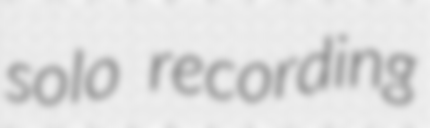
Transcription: solo recording